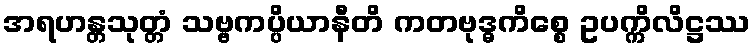
အရဟန္တသုတ္တံ သဗ္ဗကပ္ပိယာနီတိ ကတဗုဒ္ဓကိစ္စေ ဥပက္ကိလိဋ္ဌဿ